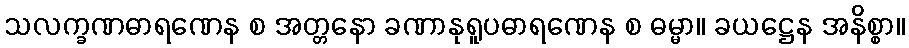
သလက္ခဏဓာရဏေန စ အတ္တနော ခဏာနုရူပဓာရဏေန စ ဓမ္မာ။ ခယဋ္ဌေန အနိစ္စာ။